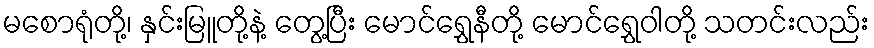
မစောရုံတို့၊ နှင်းမြူတို့နဲ့ တွေ့ပြီး မောင်ရွှေနီတို့ မောင်ရွှေဝါတို့ သတင်းလည်း